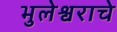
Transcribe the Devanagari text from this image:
भुलेश्वराचे